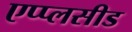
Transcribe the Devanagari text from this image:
एप्प्लसीड